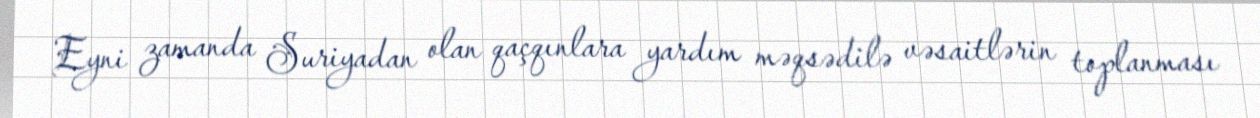
Eyni zamanda Suriyadan olan qaçqınlara yardım məqsədilə vəsaitlərin toplanması